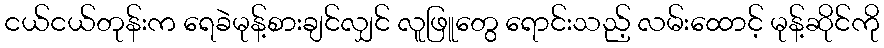
ငယ်ငယ်တုန်းက ရေခဲမုန့်စားချင်လျှင် လူဖြူတွေ ရောင်းသည့် လမ်းထောင့် မုန့်ဆိုင်ကို